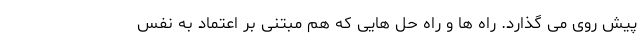
پیش روی می گذارد. راه ها و راه حل هایی که هم مبتنی بر اعتماد به نفس